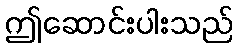
ဤဆောင်းပါးသည်